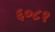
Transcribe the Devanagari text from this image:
६०८१